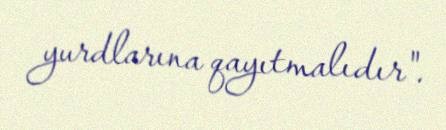
yurdlarına qayıtmalıdır".